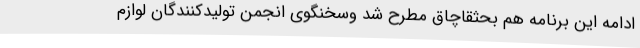
ادامه این برنامه هم بحثقاچاق مطرح شد وسخنگوی انجمن تولیدکنندگان لوازم